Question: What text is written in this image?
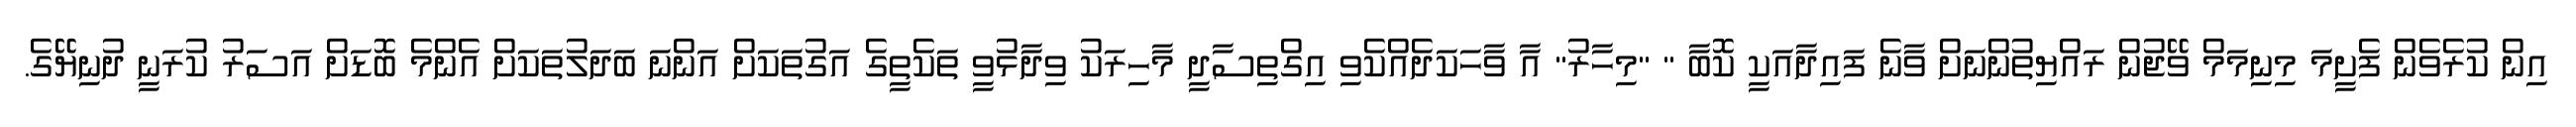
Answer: އިން ކުރެވެން ފެށީމަ މިނިމަމް ވޭޖުން ރައްޔިތުންނަށް ވާނެ ފައިދާއަކީ ކޮބާ " "މިހާރު" އާ ވާހަކަދެއްކެވި އިގްތިސާދީ މާހިރަކު ވިދާޅުވީ ތަކެތީގެ އަގުތަކަށް އަންނަ ބަދަލުތަކަށް އެންމެ ބޮޑަށް އަސަރު ކުރަނީ ދުނިޔޭގެ.